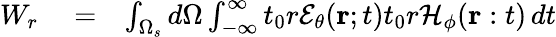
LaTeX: \begin{array}{rlr}{W_{r}}&{{}=}&{\int_{\Omega_{s}}d\Omega\int_{-\infty}^{\infty}t_{0}r\mathcal{E}_{\theta}({\mathbf r};t)t_{0}r\mathcal{H}_{\phi}({\mathbf r}:t)\, dt}\end{array}